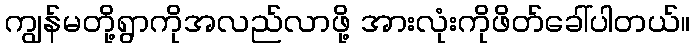
ကျွန်မတို့ရွာကိုအလည်လာဖို့ အားလုံးကိုဖိတ်ခေါ်ပါတယ်။